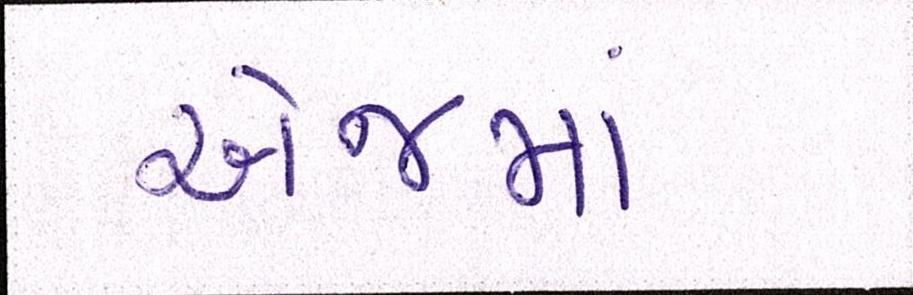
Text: એજમાં